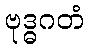
ဗုဒ္ဓဂတံ